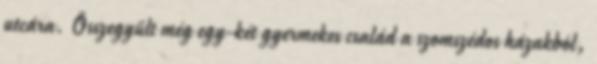
utcára. Összegyűlt még egy-két gyermekes család a szomszédos házakból,